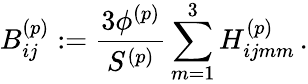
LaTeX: B_{ij}^{(p)}:=\frac{3\phi^{(p)}}{S^{(p)}}\sum_{m=1}^{3}H_{ijmm}^{(p)}\, .